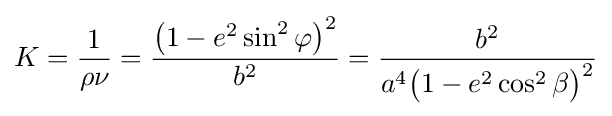
K={\frac {1}{\rho \nu }}={\frac {{\bigl (}1-e^{2}\sin ^{2}\varphi {\bigr )}^{2}}{b^{2}}}={\frac {b^{2}}{a^{4}{\bigl (}1-e^{2}\cos ^{2}\beta {\bigr )}^{2}}}